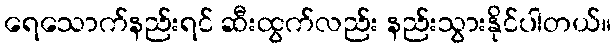
ရေသောက်နည်းရင် ဆီးထွက်လည်း နည်းသွားနိုင်ပါတယ်။